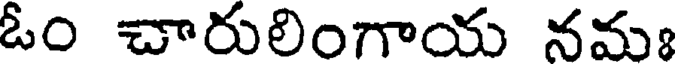
ఓం చారులింగాయ నమః